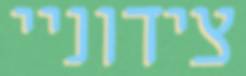
צידוניי